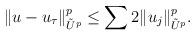
LaTeX: \begin{align*} \Vert u-u_\tau \Vert_{\tilde U^p}^p \le \sum 2 \Vert u_j \Vert_{\tilde U^p}^p. \end{align*}